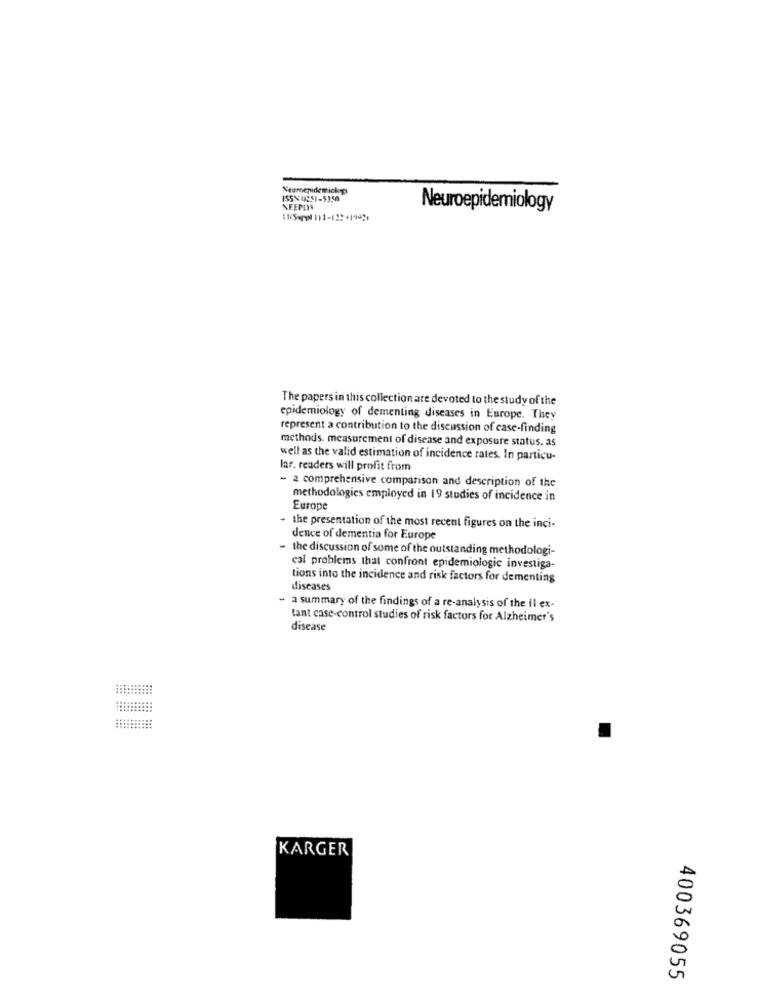
Neuroepidemiology
ISSN USSI-5350
Neuroepidemiology
11Sep 111-122 .199
The papers in this collection are devoted to the study of the
epidemiology of dementing diseases in Europe. They
represent a contribution to the discussion of case-finding
methods. measurement of disease and exposure status. as
well as the valid estimation of incidence rates. In particu-
lar. readers will profit from
- a comprehensive comparison and description of the
methodologies employed in 19 studies of incidence in
Europe
the presentation of the most recent figures on the inci-
dence of dementia for Europe
the discussion of some of the outstanding methodologi-
cal problems that confront epidemiologic investiga-
tions into the incidence and risk factors for dementing
diseases
- a summary of the findings of a re-analysis of the Il ex-
tant case-control studies of risk factors for Alzheimer's
disease
KARGER
10
400369055
in